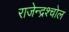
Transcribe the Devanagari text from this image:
राजेन्द्रश्चोल